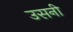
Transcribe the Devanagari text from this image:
उसनी